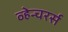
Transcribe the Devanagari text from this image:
व्हेन्चरर्स